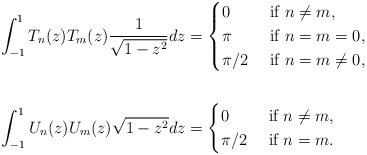
LaTeX: \begin{align*}\int_{-1}^{1}T_n(z)T_m(z)\frac{1}{\sqrt{1-z^2}} dz& = \begin{cases} 0& \mbox{ if } n\not=m, \\ \pi & \mbox{ if } n =m=0, \\ \pi /2& \mbox{ if } n =m\neq 0, \end{cases} \\ \\\int_{-1}^{1}U_n(z)U_m(z)\sqrt{1-z^2}dz &= \begin{cases} 0& \mbox{ if } n\not=m, \\ \pi /2& \mbox{ if } n =m. \end{cases}\end{align*}